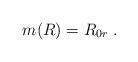
LaTeX: \begin{align*}m(R)=R_{0r}\;.\end{align*}